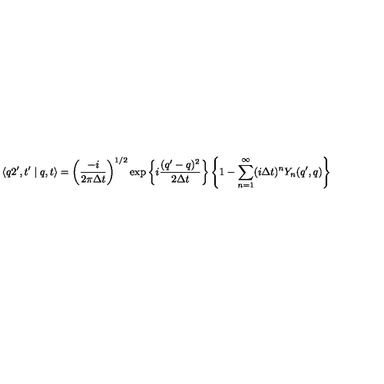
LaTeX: \langle q 2 ^ { \prime } , t ^ { \prime } \mid q , t \rangle = \left( \frac { - i } { 2 \pi \Delta t } \right) ^ { 1 / 2 } \exp \left\{ i \frac { ( q ^ { \prime } - q ) ^ { 2 } } { 2 \Delta t } \right\} \left\{ 1 - \sum _ { n = 1 } ^ { \infty } ( i \Delta t ) ^ { n } Y _ { n } ( q ^ { \prime } , q ) \right\}